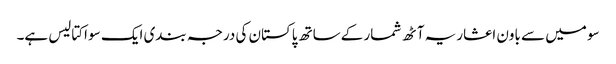
سو میں سے باون اعشاریہ آٹھ شمار کےساتھ پاکستان کی درجہ بندی ایک سو اکتالیس ہے۔